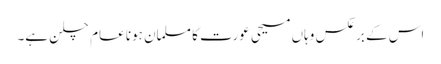
اس کے برعکس وہاں مسیحی عورت کا مسلمان ہونا عام چلن ہے۔